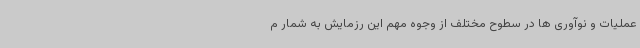
عملیات و نوآوری ها در سطوح مختلف از وجوه مهم این رزمایش به شمار م